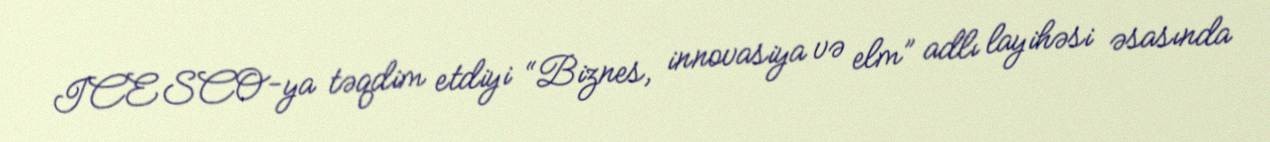
ICESCO-ya təqdim etdiyi “Biznes, innovasiya və elm” adlı layihəsi əsasında